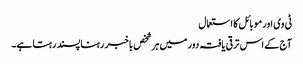
ٹی وی اور موبائل کا استعمال
آج کے اس ترقی یافتہ دور میں ہر شخص باخبر رہنا پسند رہتا ہے۔